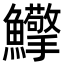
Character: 𩽡